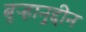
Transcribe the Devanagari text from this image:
बुऱ्हानुद्दीन